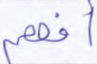
أفهم